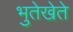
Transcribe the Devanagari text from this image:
भुतेखेते